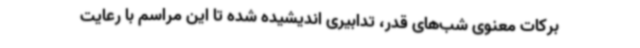
برکات معنوی شب‌های قدر، تدابیری اندیشیده شده تا این مراسم با رعایت